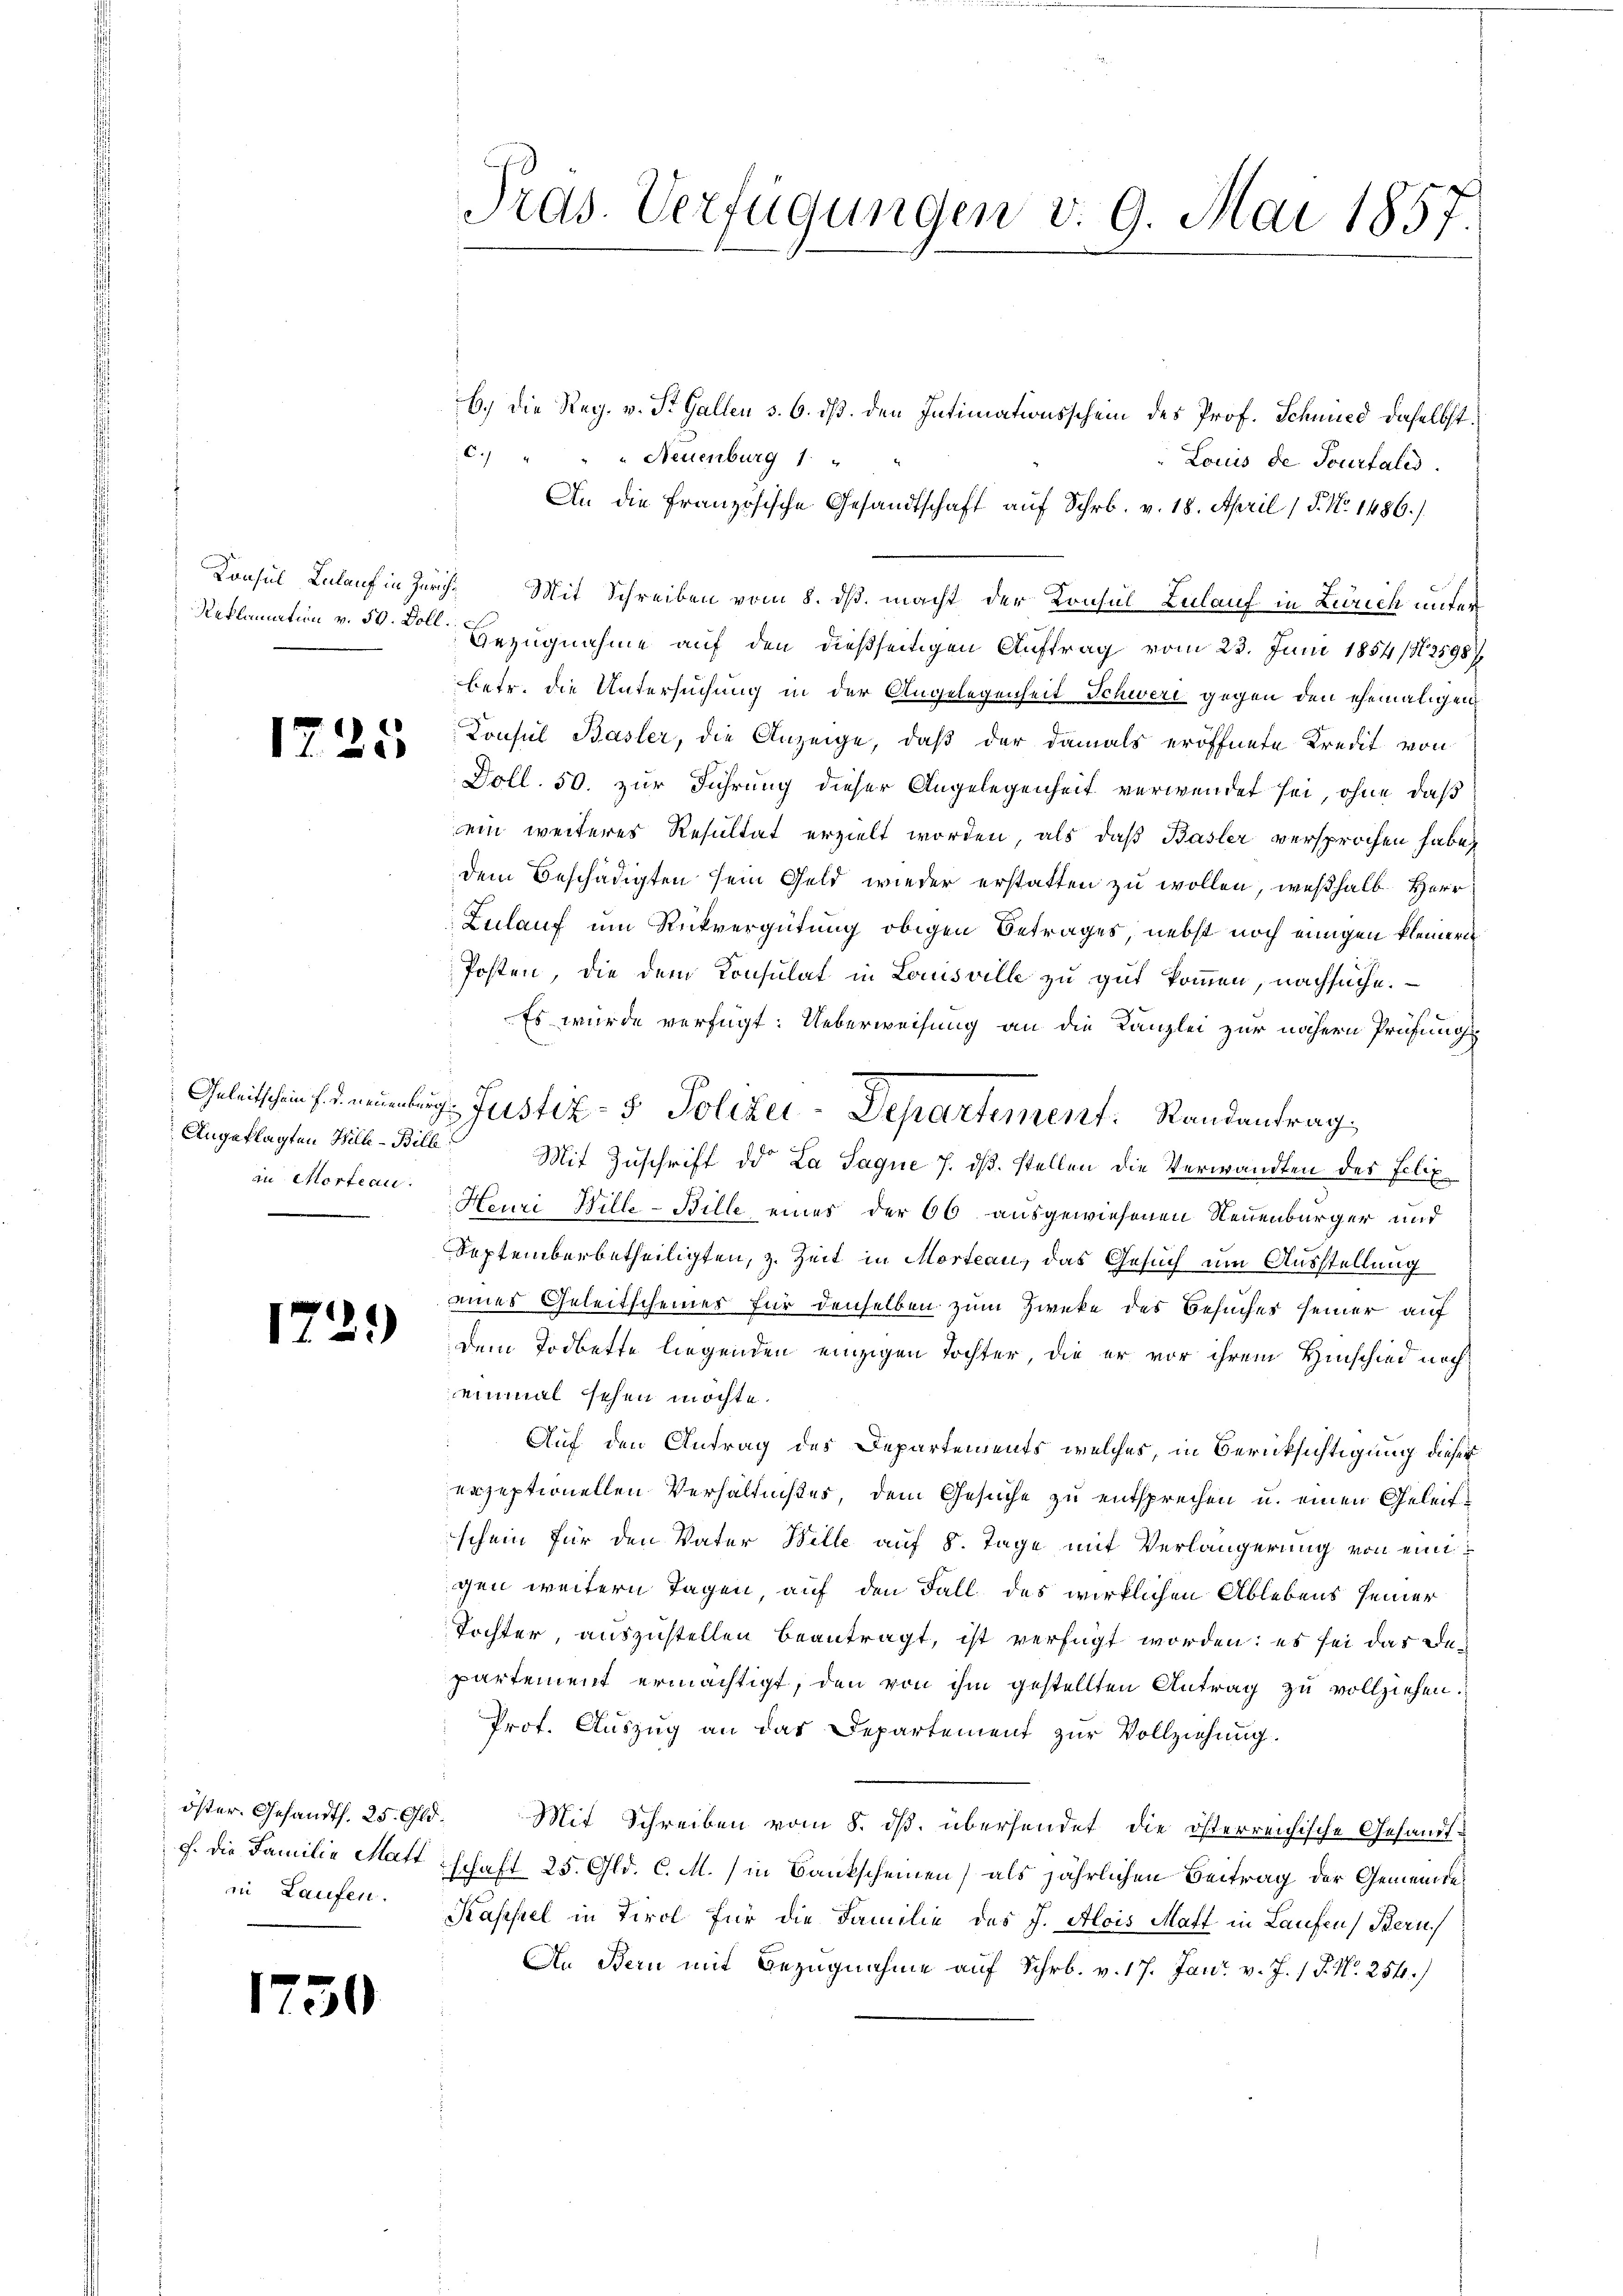
1225

Angeklagten Hille-Bille
zu Morteau.

1729)

öster. Gesandts. 25. Old
f. die Familie Matt
in Laufen.

730

Prds. Verfügungen v. 9. Mai 1857.

6.) Die Reg. v. St. Gallen s. 6. ds. den Intimationsschein des Prof. Schmied daselbst.
C. " " " Neuenburg 1 "
Louis de Tourtales.
An die französische Gesandtschaft auf Schr. v. 18. April 1 S. Nr. 1486.)
Konsul Lulauf in Zürich. Mit Schreiben vom 8. ds. macht der Konsul-Zulauf in Zürich unter
Reklamation v. 5. Soll Bezugnahme auf den dießseitigen Auftrag vom 23. Juni 1854 (12598/
betr. die Untersuchung in der Angelegenheit Schwere gegen den ehemaligen
Consul Basler, die Anzeige, daß der damals eröffnete Kredit von
Doll. 50. zur Führung dieser Angelegenheit verwendet sei, ohne daß
ein weiteres Resultat erzielt worden, als daß Basler versprochen habe,
dem Beschädigten sein Geld wieder erstatten zu wollen, weßhalb Herr
Zulauf um Rückvergütung obigen Betrages, nebst noch einigen kleiner
Posten, die dem Konsulat in Louisville zu gut kommen, nachsuche.
Es wurde verfügt: Ueberweisung an die Kanzlei zur nähern Prüfungs
Mit Zuschrift des La Saque 7. dß. stellen die Verwandten des Felix
Heuri Hille-Bille eines der 66 ausgewiesenen Neuenburger und
Septemberbetheiligten, z. Zeit in Morteau, das Gesuch um Ausstellung
eines Geleitscheiner für denselben zum Zweke des Besuches seiner auf
Dem Todbette liegenden einzigen Tochter, die er vor ihrem Hinschied noch
einmal sehen möchte.
Auf den Antrag des Departements, welches, in Berücksichtigung dieser
erzeptionellen Verhältnißes, dem Gesuche zu entsprechen u. einen Geleitschein für den Vater Bille auf 8. Tage mit Verlängerung von einigen weitern Tagen, auf den Fall des wirklichen Ablebens seiner
Tochter, auszustellen beantragt, ist verfügt worden: es sei das Departement ermächtigt, den von ihm gestellten Antrag zu vollziehen.
Prof. Auszug an das Departement zur Vollziehung.
Mit Schreiben vom 8. ds. übersendet die österreichische Gesandt-
schaft 25. Gld. C. M. in Bankscheinen) als jährlichen Beitrag der Gemeinde¬
Kasessel in Tirol für die Familie des J. Alois Maft in Laufen, Bern
An Bern mit Bezugnahme auf Schr. v. 17. Jan. v. J. 1 P. Nr. 254.)

Geleischen Justiz- & Polizei-Departement. Randantrag